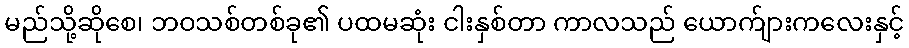
မည်သို့ဆိုစေ၊ ဘဝသစ်တစ်ခု၏ ပထမဆုံး ငါးနှစ်တာ ကာလသည် ယောက်ျားကလေးနှင့်